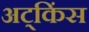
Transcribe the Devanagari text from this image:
अट्किंस